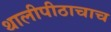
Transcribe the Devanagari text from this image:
थालीपीठाचाच